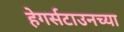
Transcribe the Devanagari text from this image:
हेगर्सटाउनच्या